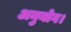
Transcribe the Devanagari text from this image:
अनुयोग।